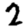
Digit: 2